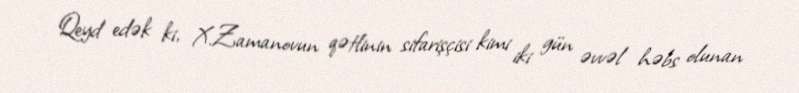
Qeyd edək ki, X.Zamanovun qətlinin sifarişçisi kimi iki gün əvvəl həbs olunan